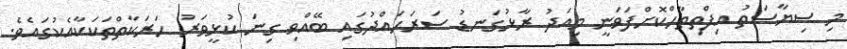
މި ސިޔާސަތު އިފްތިތާހްކޮށްފަވަނީ މިއަދު ރާޅުގަނޑު ސަރަހައްދުގައި ބޭއްވި ގިނަ ކުޅީވަރު ހަރަކާތްތަކަކާއެކުގައެވެ.